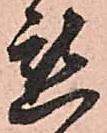
懇